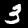
Digit: 3